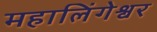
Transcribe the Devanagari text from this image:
महालिंगेश्वर